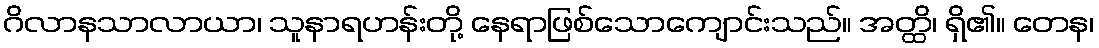
ဂိလာနသာလာယာ၊ သူနာရဟန်းတို့ နေရာဖြစ်သောကျောင်းသည်။ အတ္ထိ၊ ရှိ၏။ တေန၊